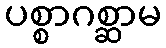
ပစ္စာဂစ္ဆာမ